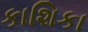
કાશિકા